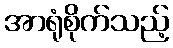
အာရုံစိုက်သည့်